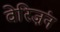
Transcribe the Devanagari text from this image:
वेरिज़ंन